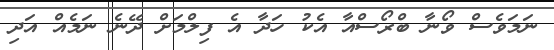
ނަމަވެސް ވޯނާ ބްރޯސްއާ އެކު ހަދާ އެ ފިލްމަށް ދޭނެ ނަމެއް އަދި